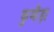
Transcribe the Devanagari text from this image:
कुम्हैड़ा